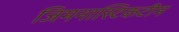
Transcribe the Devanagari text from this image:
जिमनास्टिकटीम